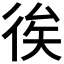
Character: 𢓪